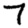
Digit: 7